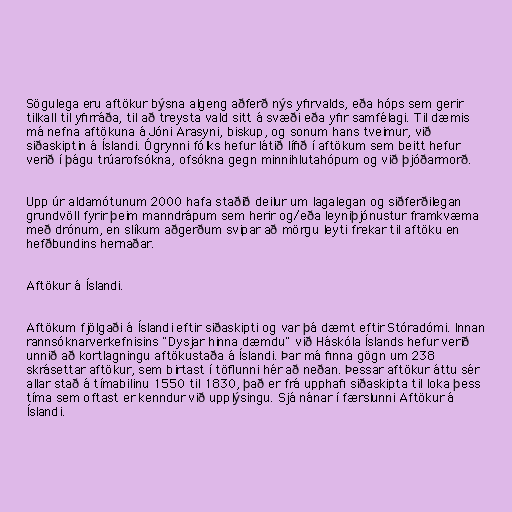
Sögulega eru aftökur býsna algeng aðferð nýs yfirvalds, eða hóps sem gerir
tilkall til yfirráða, til að treysta vald sitt á svæði eða yfir samfélagi. Til dæmis
má nefna aftökuna á Jóni Arasyni, biskup, og sonum hans tveimur, við
siðaskiptin á Íslandi. Ógrynni fólks hefur látið lífið í aftökum sem beitt hefur
verið í þágu trúarofsókna, ofsókna gegn minnihlutahópum og við þjóðarmorð.

Upp úr aldamótunum 2000 hafa staðið deilur um lagalegan og siðferðilegan
grundvöll fyrir þeim manndrápum sem herir og/eða leyniþjónustur framkvæma
með drónum, en slíkum aðgerðum svipar að mörgu leyti frekar til aftöku en
hefðbundins hernaðar.

Aftökur á Íslandi.

Aftökum fjölgaði á Íslandi eftir siðaskipti og var þá dæmt eftir Stóradómi. Innan
rannsóknarverkefnisins "Dysjar hinna dæmdu" við Háskóla Íslands hefur verið
unnið að kortlagningu aftökustaða á Íslandi. Þar má finna gögn um 238
skrásettar aftökur, sem birtast í töflunni hér að neðan. Þessar aftökur áttu sér
allar stað á tímabilinu 1550 til 1830, það er frá upphafi siðaskipta til loka þess
tíma sem oftast er kenndur við upplýsingu. Sjá nánar í færslunni Aftökur á
Íslandi.